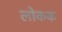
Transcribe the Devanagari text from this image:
लोकक